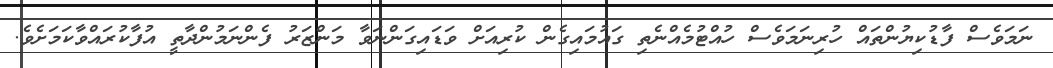
ނަމަވެސް ފާޑުކިޔުންތައް ހުރިނަމަވެސް ހުއްޓުމެއްނެތި ގައުމައިގެން ކުރިއަށް ވަޑައިގަންނަވާ މަންޒަރު ފެންނަމުންދާތީ އުފާކުރައްވާކަމަށެވެ.